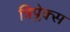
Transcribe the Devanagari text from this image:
त्रिप्लेक्स